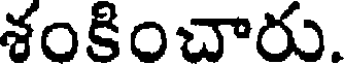
శంకించారు.